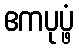
ဧကပုပ္ဖံ